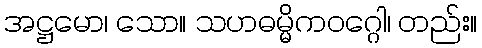
အဋ္ဌမော၊ သော။ သဟဓမ္မိကဝဂ္ဂေါ၊ တည်း။